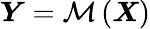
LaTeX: \boldsymbol{Y}=\mathcal{M}\left(\boldsymbol{X}\right)